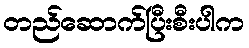
တည်ဆောက်ပြီးစီးပါက